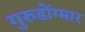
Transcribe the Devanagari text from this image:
गुरुडोंग्मार